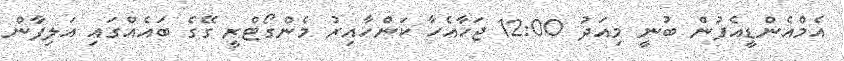
އެމްއެންޑީއެފުން ބުނީ މިއަދު 12:00 ޖަހާއެހާ ކަންހާއިރު މެންގޯޓްރީ ގޭގެ ބައެއްގައި އަލިފާން